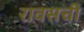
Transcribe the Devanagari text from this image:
रावसची